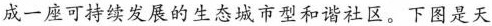
成一座可持续发展的生态城市型和谐社区。下图是天